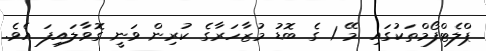
ޕްލެޓްފޯމްތަކުގައި މޭ 1 ގެ ބޮޑު މުޒާހަރާގެ ކުރިން ވަނީ ގޮވާލައިފަ އެވެ.